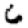
Digit: 6